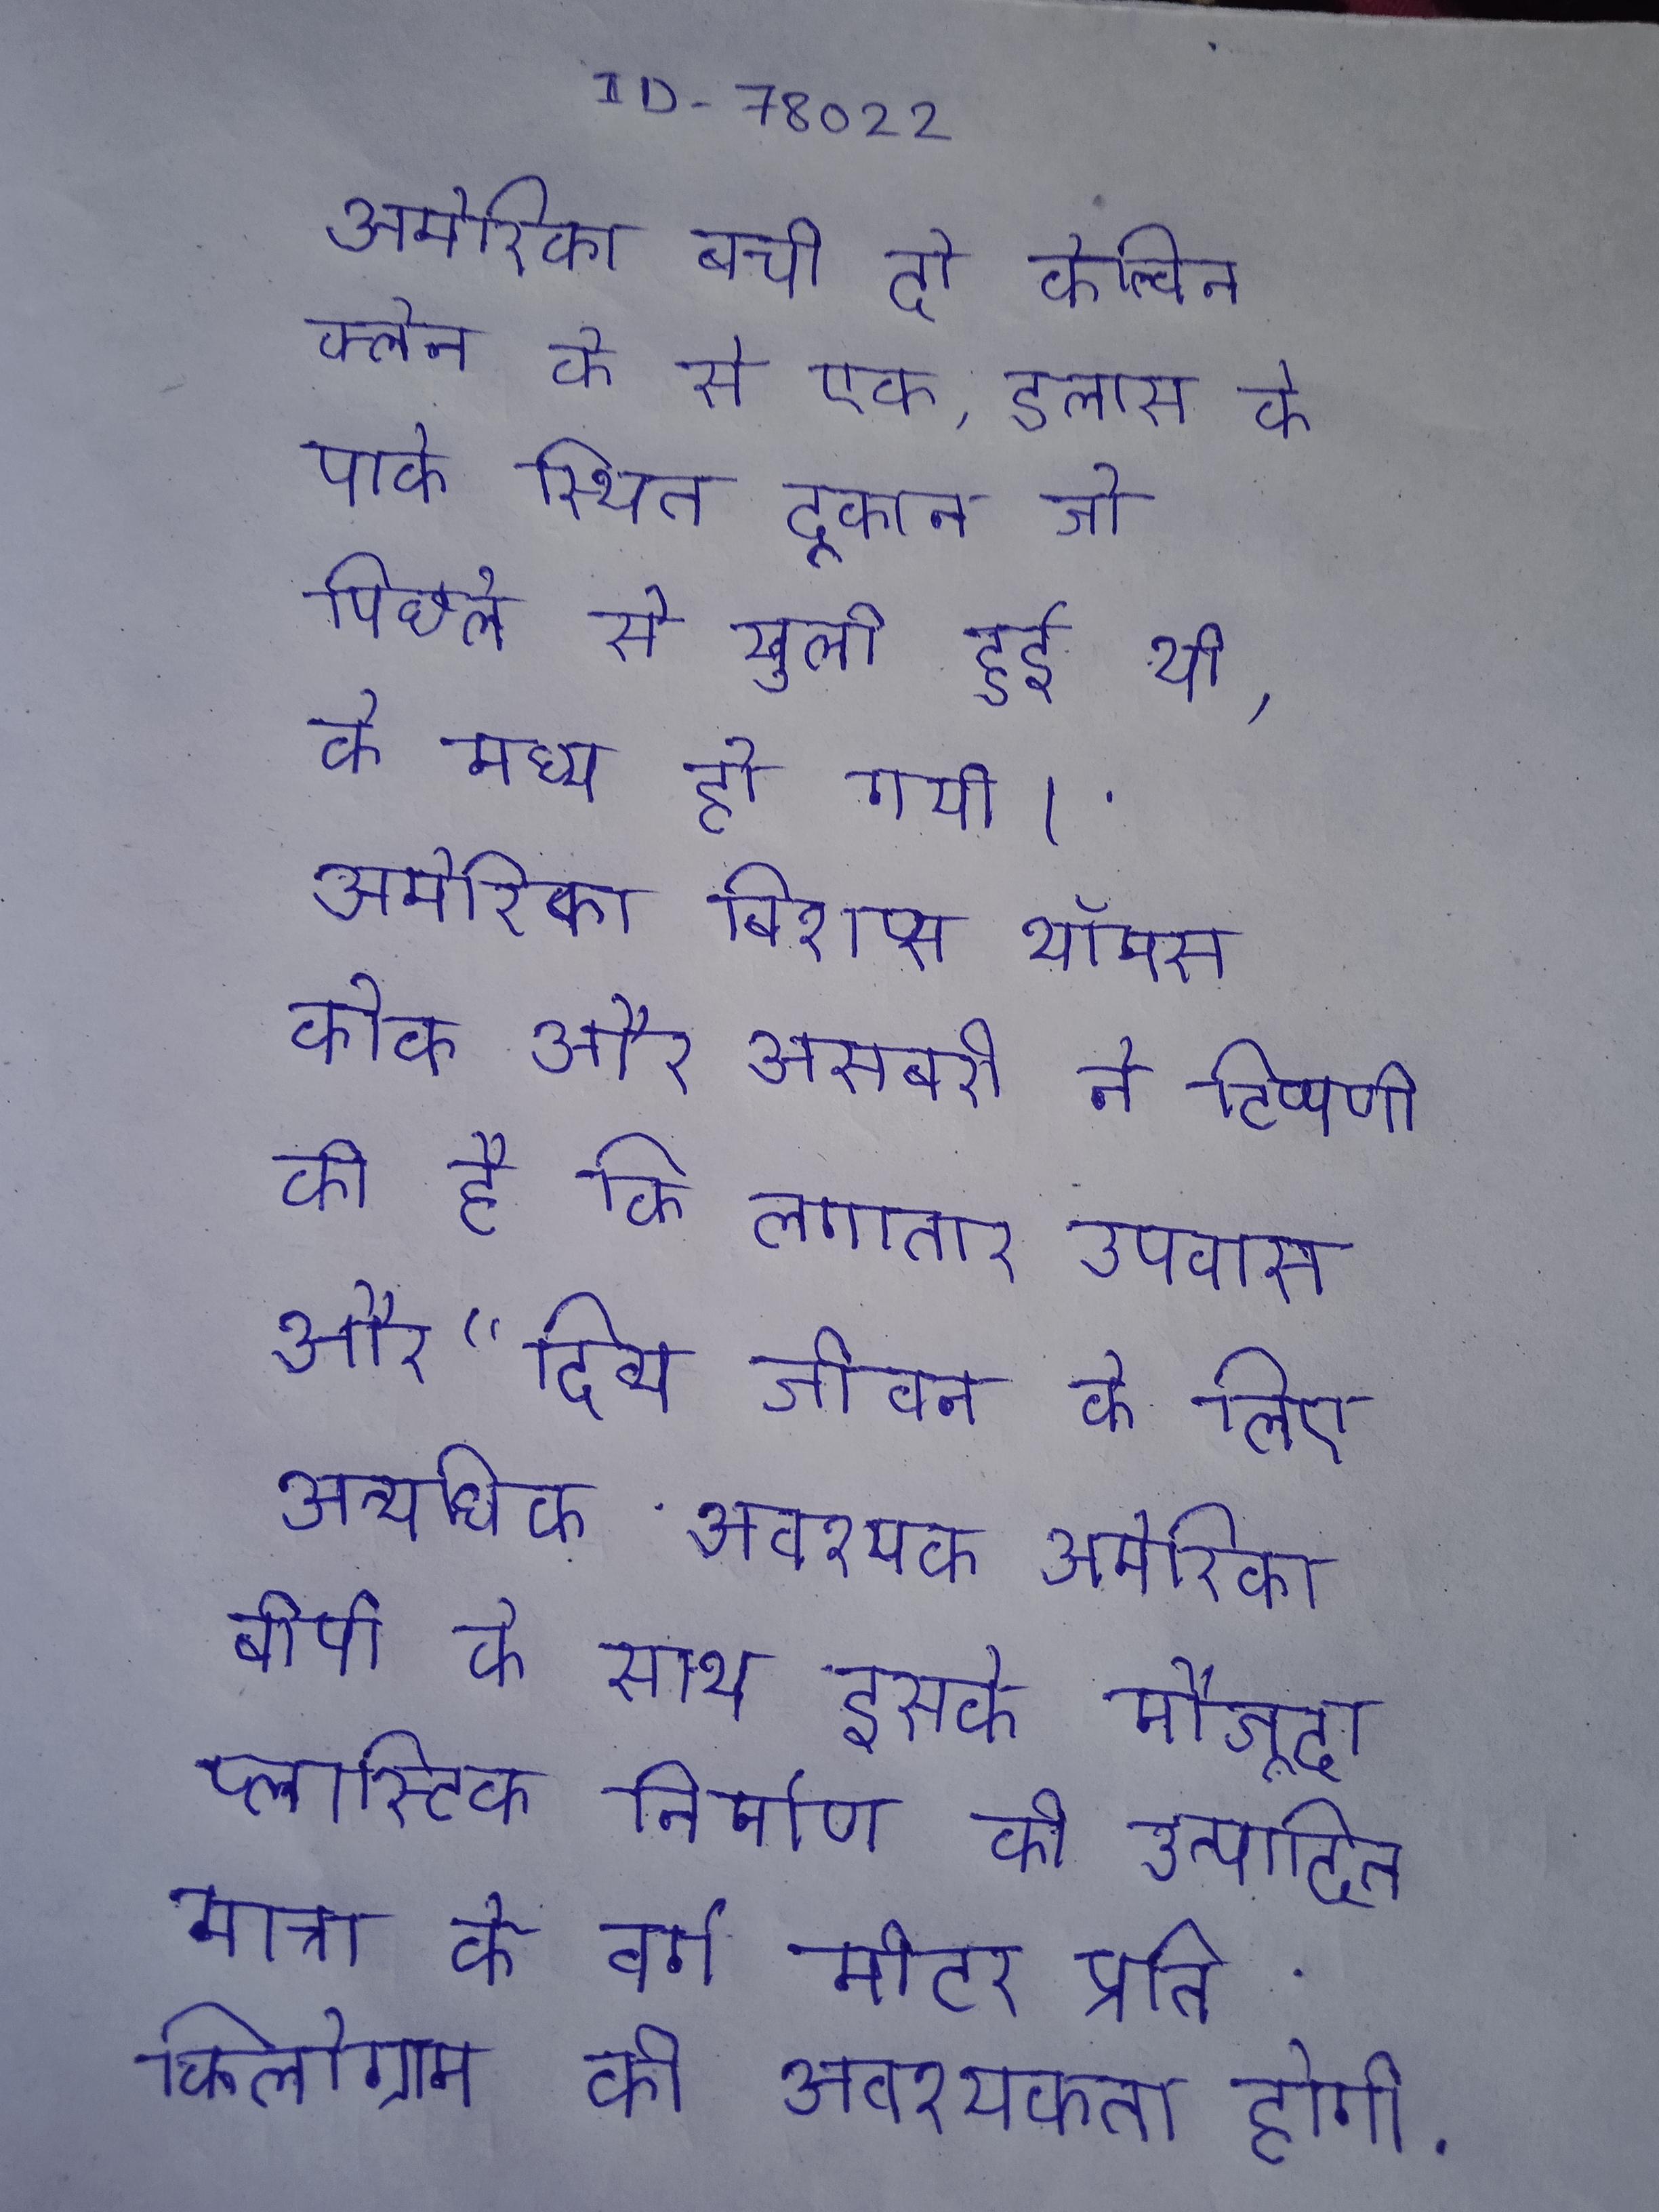
अमेरिका बची दो केल्विन क्लेन के से एक, डलास के पार्क स्थित दूकान जो पिछले से खुली हुई थी, के मध्य हो गयी । अमेरिका बिशप्स थॉमस कोक और असबरी ने टिप्पणी की है कि लगातार उपवास और "दिव्य जीवन के लिए अत्यधिक आवश्यक अमेरिका बीपी के साथ इसके मौजूदा प्लास्टिक निर्माण की उत्पादकता के लिए इसे उत्पादित मात्रा के वर्ग मीटर प्रति किलोग्राम की आवश्यकता होगी .